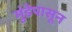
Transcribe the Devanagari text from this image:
मुंडेपासून